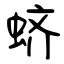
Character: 蛴